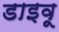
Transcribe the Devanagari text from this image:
डाइवू